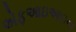
એફઆઇઆઇના